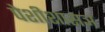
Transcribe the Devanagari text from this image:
पेशीशासञ